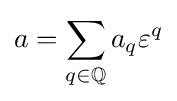
a=\sum \limits _{q\in \mathbb {Q} }a_{q}\varepsilon ^{q}